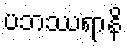
ပဘဿရာနိ